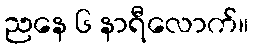
ညနေ ၆ နာရီလောက်။